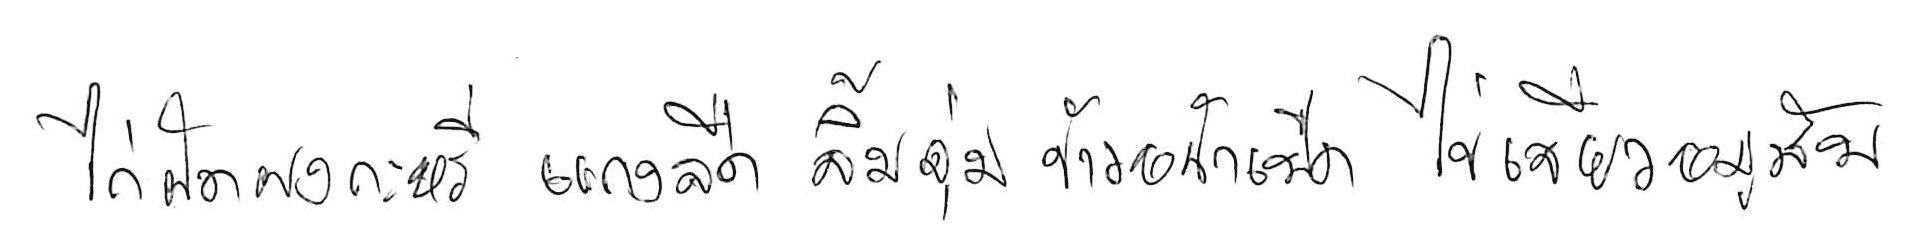
ไก่ผัดผงกะหรี่ แกงจืด จิ้มจุ่ม ข้าวหน้าเป็ด ไข่เจียวหมูสับ